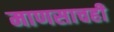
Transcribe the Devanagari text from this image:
माणसाचही